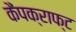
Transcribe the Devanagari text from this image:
कैंपक्राफ्ट